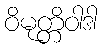
ဝိမုတ္တိဝါဒါ